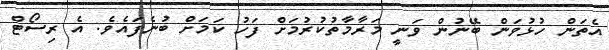
އެތަން ހުޅުވަން ބޭނުން ވަނީ މަރާމާތުކުރުމަށް ފަހު ކަމަށް ބުނެފައެވެ. އެ ރިސޯޓް